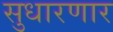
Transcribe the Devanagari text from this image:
सुधारणार